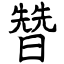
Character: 㬱